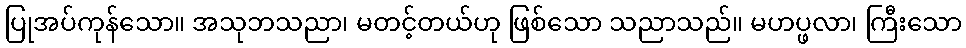
ပြုအပ်ကုန်သော။ အသုဘသညာ၊ မတင့်တယ်ဟု ဖြစ်သော သညာသည်။ မဟပ္ဖလာ၊ ကြီးသော